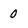
Character: 0